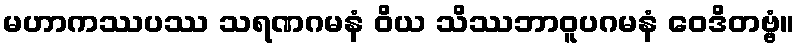
မဟာကဿပဿ သရဏဂမနံ ဝိယ သိဿဘာဝူပဂမနံ ဝေဒိတဗ္ဗံ။